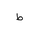
Letter: _da